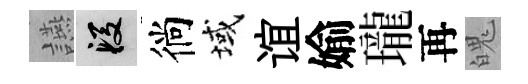
讌段徜域谊媮瓏再魄